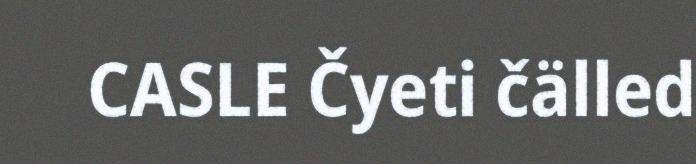
CASLE Čyeti čälled